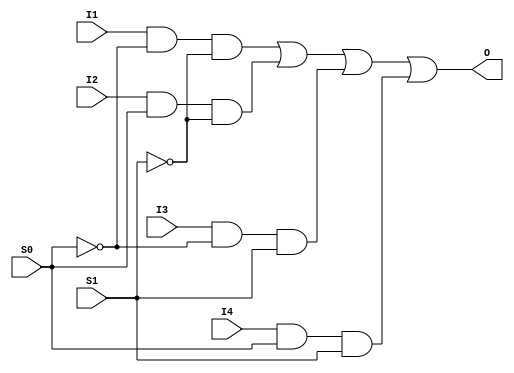
module AMUX4A(I1, I2, I3, I4, S0, S1, O);
input   I1;
input   I2;
input   I3;
input   I4;
input   S0;
input   S1;
output  O;
not g0(w2, S0);
not g1(w3, S1);
and g2(w0, I1, w2, w3);
not g3(w7, S1);
and g4(w4, I2, S0, w7);
not g5(w10, S0);
and g6(w8, I3, w10, S1);
and g7(w12, I4, S0, S1);
or g8(O, w0, w4, w8, w12);
endmodule